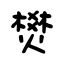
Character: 燓